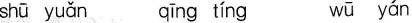
shū yuǎn pīng tíng wū yán